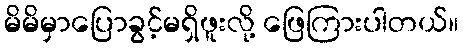
မိမိမှာပြောခွင့်မရှိဖူးလို့ ဖြေကြားပါတယ်။